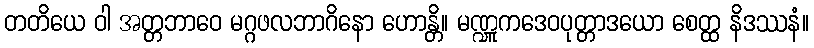
တတိယေ ဝါ အတ္တဘာဝေ မဂ္ဂဖလဘာဂိနော ဟောန္တိ။ မဏ္ဍူကဒေဝပုတ္တာဒယော စေတ္ထ နိဒဿနံ။